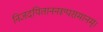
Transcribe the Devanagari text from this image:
निजदयिताननरूपसमानम्।